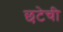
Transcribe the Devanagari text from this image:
छटेची